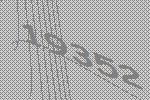
19352